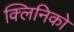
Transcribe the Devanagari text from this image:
क्लिनिको